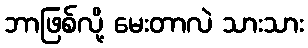
ဘာဖြစ်လို့ မေးတာလဲ သားသား